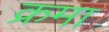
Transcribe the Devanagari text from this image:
क्रमा